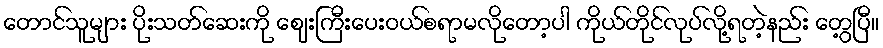
တောင်သူများ ပိုးသတ်ဆေးကို ဈေးကြီးပေးဝယ်စရာမလိုတော့ပါ ကိုယ်တိုင်လုပ်လို့ရတဲ့နည်း တွေ့ပြီ။